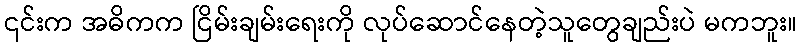
၎င်းက အဓိကက ငြိမ်းချမ်းရေးကို လုပ်ဆောင်နေတဲ့သူတွေချည်းပဲ မကဘူး။